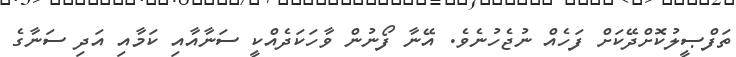
ތަފްޞީލުކޮށްދޭކަށް ފަހެއް ނުޖެހުނެވެ. އޭނާ ފޯނުން ވާހަކަދެއްކީ ސަނާއާއި ކަމާއި އަދި ސަނާގެ